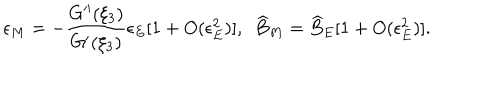
LaTeX: \epsilon _ { M } = - \frac { G ^ { \prime \prime } ( \xi _ { 3 } ) } { G ^ { \prime } ( \xi _ { 3 } ) } \epsilon _ { E } [ 1 + O ( \epsilon _ { E } ^ { 2 } ) ] , \ \ \widehat { B } _ { M } = \widehat { B } _ { E } [ 1 + O ( \epsilon _ { E } ^ { 2 } ) ] .